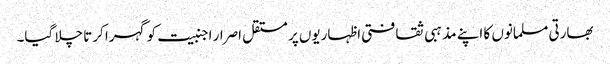
بھارتی مسلمانوں کا اپنے مذہبی ثقافتی اظہاریوں پر مستقل اصرار اجنبیت کو گہرا کرتا چلا گیا۔